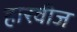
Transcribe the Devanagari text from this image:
हारवीज